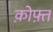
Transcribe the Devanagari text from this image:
क़ोफ़्त